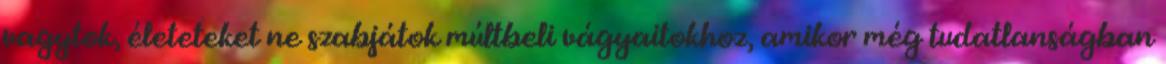
vagytok, életeteket ne szabjátok múltbeli vágyaitokhoz, amikor még tudatlanságban